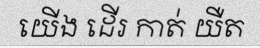
យើង ដើរ កាត់ យឺត